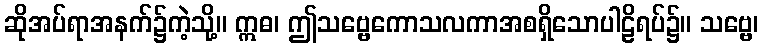
ဆိုအပ်ရာအနက်၌ကဲ့သို့။ ဣဓ၊ ဤသဗ္ဗေကောသလကာအစရှိသောပါဠိရပ်၌။ သဗ္ဗေ၊